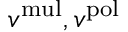
v ^ { \mathrm { m u l } } , v ^ { \mathrm { p o l } }